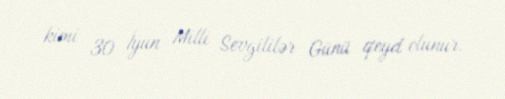
kimi 30 İyun Milli Sevgililər Günü qeyd olunur.